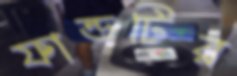
ফান্ডটির